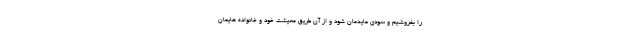
را بفروشیم و سودی عایدمان شود و از آن طریق معیشت خود و خانواده هایمان